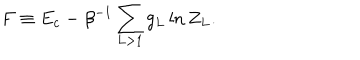
LaTeX: F \equiv E _ { c } - \beta ^ { - 1 } \sum _ { L > 1 } g _ { L } \ln Z _ { L } .